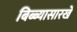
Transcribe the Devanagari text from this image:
बिब्ब्यासारखे